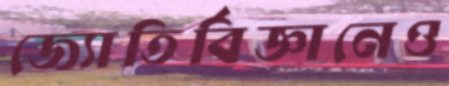
জ্যোতির্বিজ্ঞানেও